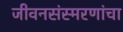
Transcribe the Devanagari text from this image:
जीवनसंस्मरणांचा